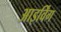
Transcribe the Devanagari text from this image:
आइर्विंग